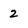
Character: 2